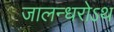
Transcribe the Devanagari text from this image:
जालन्धरोऽथ